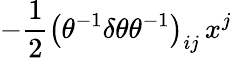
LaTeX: -\frac{1}{2}\left(\theta^{-1}\delta\theta\theta^{-1}\right)_{ij}\, x^{j}